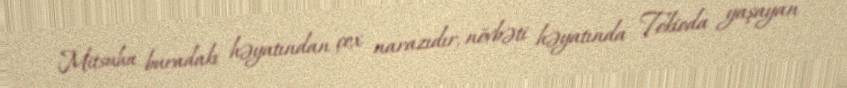
Mitsuha buradakı həyatından çox narazıdır, növbəti həyatında Tokioda yaşayan